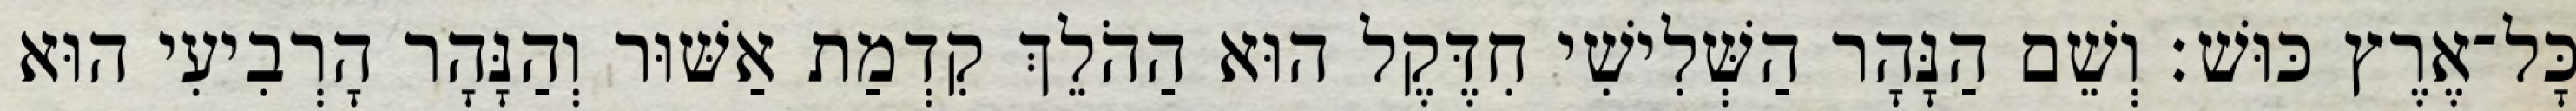
כָּל־אֶרֶץ כּוּשׁ׃ וְשֵׁם הַנָּהָר הַשְּׁלִישִׁי חִדֶּקֶל הוּא הַהֹלֵךְ קִדְמַת אַשּׁוּר וְהַנָּהָר הָרְבִיעִי הוּא